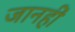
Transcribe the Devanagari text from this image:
जानहीं